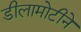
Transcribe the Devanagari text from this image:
डीलामोटीने